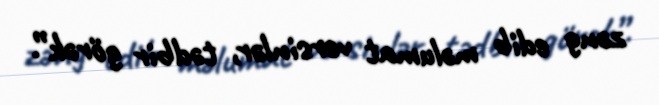
zəng edib məlumat versinlər, tədbir görək”.